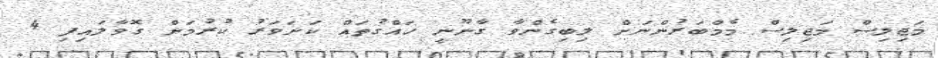
މަޖިލިސް މަޖިލިސް މެމްބަރުންނަށް ލިބިގެންވާ ގާނޫނީ ހައްގުތައް ކަށަވަރު ކުރުމަށް ގޮވާލައިފި 4